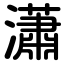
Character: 瀟